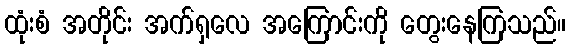
ထုံးစံ အတိုင်း အက်ရှလေ အကြောင်းကို တွေးနေကြသည်။